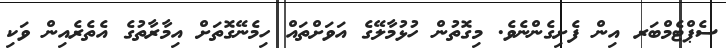
ސެޕްޓެމްބަރ އިން ފެށިގެންނެވެ. މިގޮތުން ހުޅުމާލޭގެ އަވަށްތައް ހިމެނޭގޮތަށް އިމާރާތުގެ އެތެރެއިން ވަކި